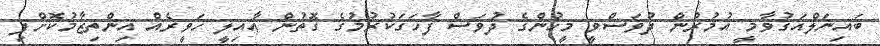
ބައިނަލްއަޤުވާމީ އުމުރުން ދުވަސްވީ މީހުންގެ ދުވަސް ފާހަގަކުރުމުގެ ގޮތުން ޢާއިލީ ހަވީރެއް އިންތިޒާމުކޮށްފި